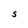
Character: S